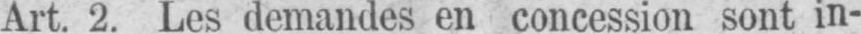
Art. 2. Les demandes en concession sont in-